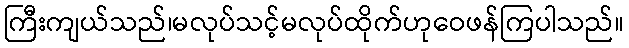
ကြီးကျယ်သည်၊မလုပ်သင့်မလုပ်ထိုက်ဟုဝေဖန်ကြပါသည်။